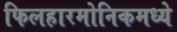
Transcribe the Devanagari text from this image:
फिलहारमोनिकमध्ये